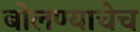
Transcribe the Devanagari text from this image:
बोलण्याचेच